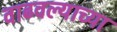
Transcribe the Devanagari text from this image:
वाढवल्याच्या